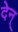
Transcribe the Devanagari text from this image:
देन्